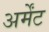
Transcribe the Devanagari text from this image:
अर्मेंट